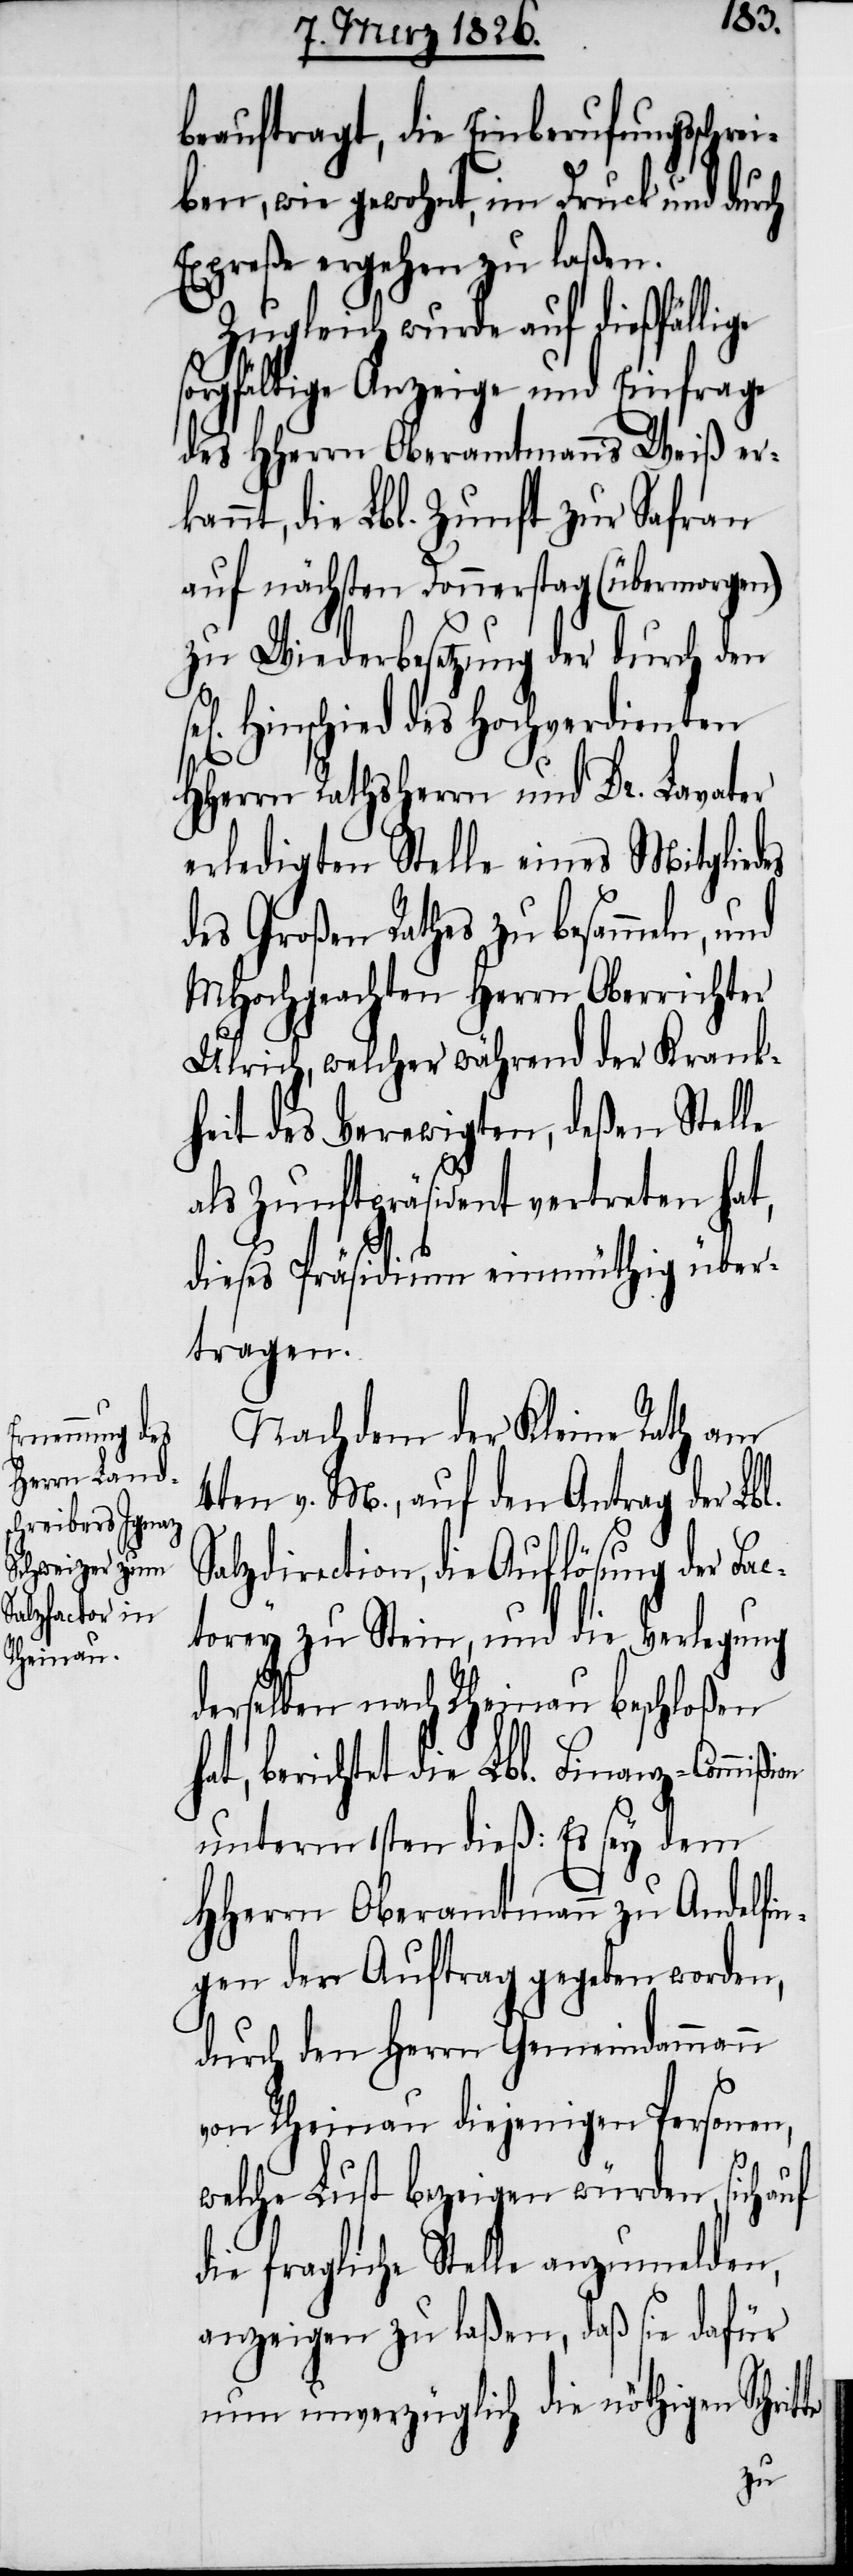
beauftragt, die Einberufungsschrei¬
ben, wie gewohnt, im Druck und dur¬
Expreße ergehen zu laßen.
Zugleich wurde auf dießfällige
sorgfältige Anzeige und Einfrage
des HHerrn Oberamtmanns Weiß erk¬
annt, die Lbl. Zunft zur Safran
auf nächsten Donnerstag (übermorgen)
zu Wiederbesetzung der durch den
sel. Hinschied des Hochverdienten
HHerrn Rathsherrn und Dr. Lavater
erledigten Stelle eines Mitgliedes
des Großen Rathes zu besammeln,
MHochgeachten Herrn Oberrichter
Ulrich, welcher während der Krank¬
heit des Verewigten, deßen Stelle
als Zunftpräsident vertreten hat,
dieses Präsidium einmüthig über¬
tragen.
Nachdem der Kleine Rath am
4ten v. M., auf den Antrag der Lbl.
Salzdirection, die Auflösung der Fac¬
torey zu Stein, und die Verlegung
derselben nach Rheinau beschloßen
hat, berichtet die Lbl. Finanz-Commißi¬
unterm 1sten dieß: Es sey dem
HHerrn Oberamtmann zu Andelfin¬
gen der Auftrag gegeben worden,
durch den Herrn Gemeindammann
von Rheinau diejenigen Personen,
welche Lust bezeigen würden, sich auf
die fragliche Stelle anzumelden,
anzeigen zu laßen, daß sie dafür
nun unverzüglich die nöthigen Schrit¬
te